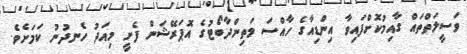
ވަސީލަތްތައް ގާއިމުކޮށްފައިވާ އިންޑިއާގެ ހާއްސަ މަތިންދާބޯޓުގެ އޮޕަރޭޝަން ފެށީ މިއަދު ހެނދުނު ކަމަށެވެ.